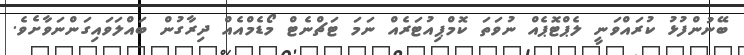
ބޭނުންފުޅު ކުރައްވަނީ ލެޕްޓޮޕެއް ނުވަތަ ކޮމްޕިއުޓަރެއް ނަމަ ޓަޗްނެޓް މޯޑެމްއެއް ދިރާގުން ބައްލަވައިގަންނަވާށެވެ.